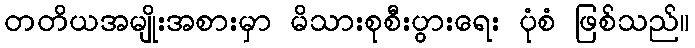
တတိယအမျိုးအစားမှာ မိသားစုစီးပွားရေး ပုံစံ ဖြစ်သည်။